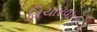
વિચારવાનો